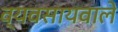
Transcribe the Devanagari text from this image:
व्यवसायवाले